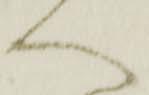
へ